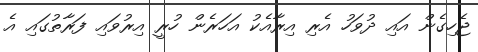
ޖެހިގެން އައި ދުވަހު އެރި އިރާއެކު އަހަރެން ހުރީ އިރުވައި ފަރާތުގައި އެ